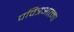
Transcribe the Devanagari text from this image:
पवित्रआत्मा